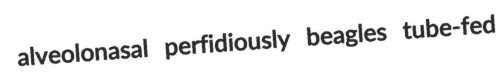
alveolonasal perfidiously beagles tube-fed